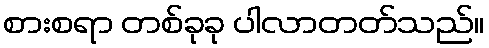
စားစရာ တစ်ခုခု ပါလာတတ်သည်။